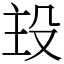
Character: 殶